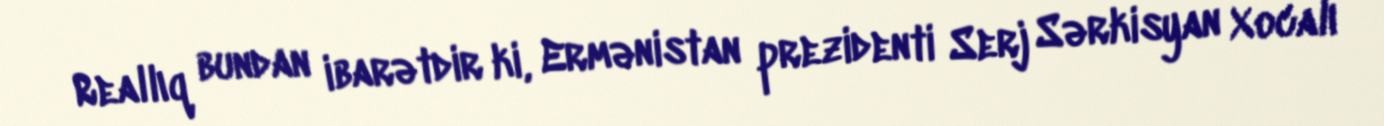
Reallıq bundan ibarətdir ki, Ermənistan prezidenti Serj Sərkisyan Xocalı